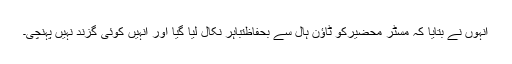
انہوں نے بتایا کہ مسٹر محضیرکو ٹاؤن ہال سے بحفاظتباہر نکال لیا گیا اور انہیں کوئی گزند نہیں پہنچی۔